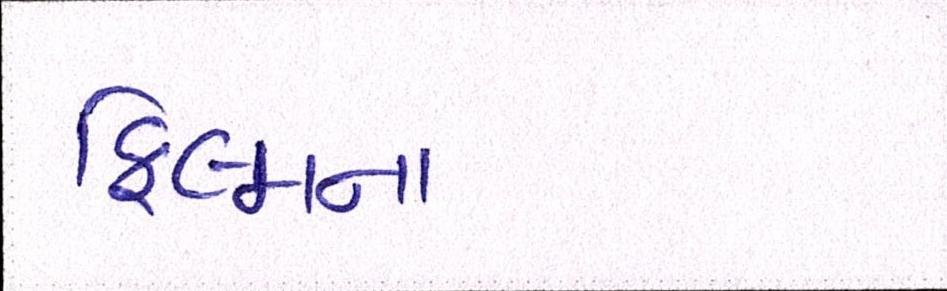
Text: ફિલ્મના